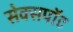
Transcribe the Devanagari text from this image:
सेक्सपॉट